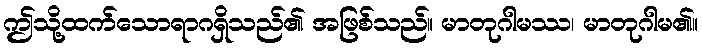
ဤသို့ထက်သောရာဂရှိသည်၏ အဖြစ်သည်။ မာတုဂါမဿ၊ မာတုဂါမ၏။